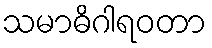
သမာဓိဂါရဝတာ